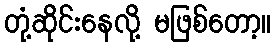
တုံ့ဆိုင်းနေလို့ မဖြစ်တော့။